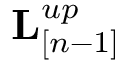
{ \bf L } _ { [ n - 1 ] } ^ { u p }